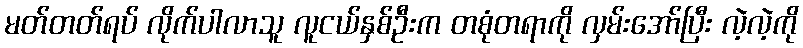
မတ်တတ်ရပ် လိုက်ပါလာသူ လူငယ်နှစ်ဦးက တစုံတရာကို လှမ်းအော်ပြီး လဲ့လဲ့ကို